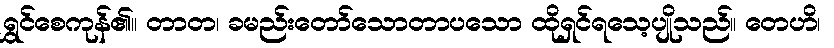
ရွှင်စေကုန်၏။ တာတ၊ ခမည်းတော်သောတာပသော ထိုရှင်ရသေ့ပျိုသည်။ တေဟိ၊